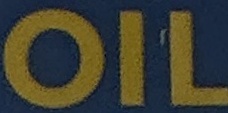
OIL